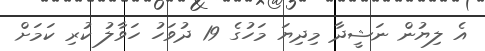
އެ ލިޔުން ނަޝީދާ މިދިޔަ މަހުގެ 19 ދުވަހު ހަވާލު ކުރި ކަމަށް